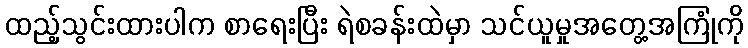
ထည့်သွင်းထားပါက စာရေးပြီး ရဲစခန်းထဲမှာ သင်ယူမှုအတွေ့အကြုံကို